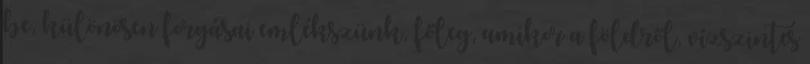
be, különösen forgásai emlékszünk, főleg, amikor a földről, vízszintes